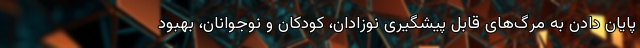
پایان دادن به مرگ‌های قابل پیشگیری نوزادان، کودکان و نوجوانان، بهبود